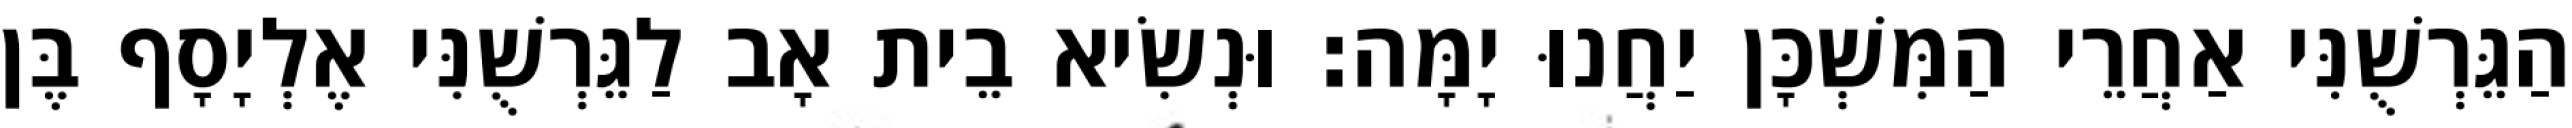
הַגֵּרְשֻׁנִּי אַחֲרֵי הַמִּשְׁכָּן יַחֲנוּ יָמָּה׃ וּנְשִׂיא בֵית אָב לַגֵּרְשֻׁנִּי אֶלְיָסָף בֶּן